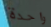
واحدة